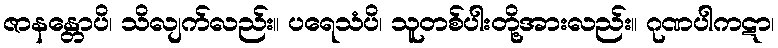
ဇာနန္တောပိ၊ သိလျက်လည်း။ ပရေသံပိ၊ သူတစ်ပါးတို့အားလည်း။ ဂုဏပါကဋာ၊